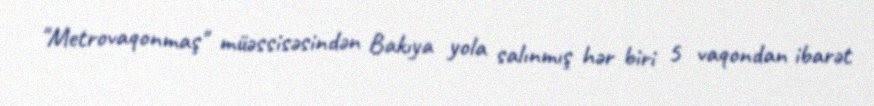
"Metrovaqonmaş" müəssisəsindən Bakıya yola salınmış hər biri 5 vaqondan ibarət